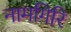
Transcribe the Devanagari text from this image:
नामगिरि